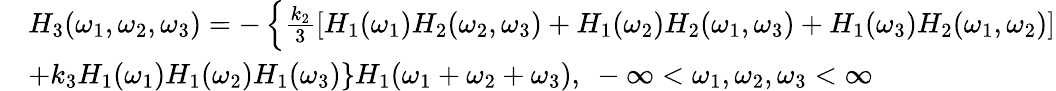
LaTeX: \begin{array}{rl}&{H_{3}(\omega_{1},\omega_{2},\omega_{3})=-\left\{ \frac{k_{2}}{3}\left[H_{1}(\omega_{1})H_{2}(\omega_{2},\omega_{3})+H_{1}(\omega_{2})H_{2}(\omega_{1},\omega_{3})+H_{1}(\omega_{3})H_{2}(\omega_{1},\omega_{2})\right]\right.}\\ &{\left.+k_{3}H_{1}(\omega_{1})H_{1}(\omega_{2})H_{1}(\omega_{3})\right\} H_{1}(\omega_{1}+\omega_{2}+\omega_{3}),~-\infty<\omega_{1},\omega_{2},\omega_{3}<\infty}\end{array}